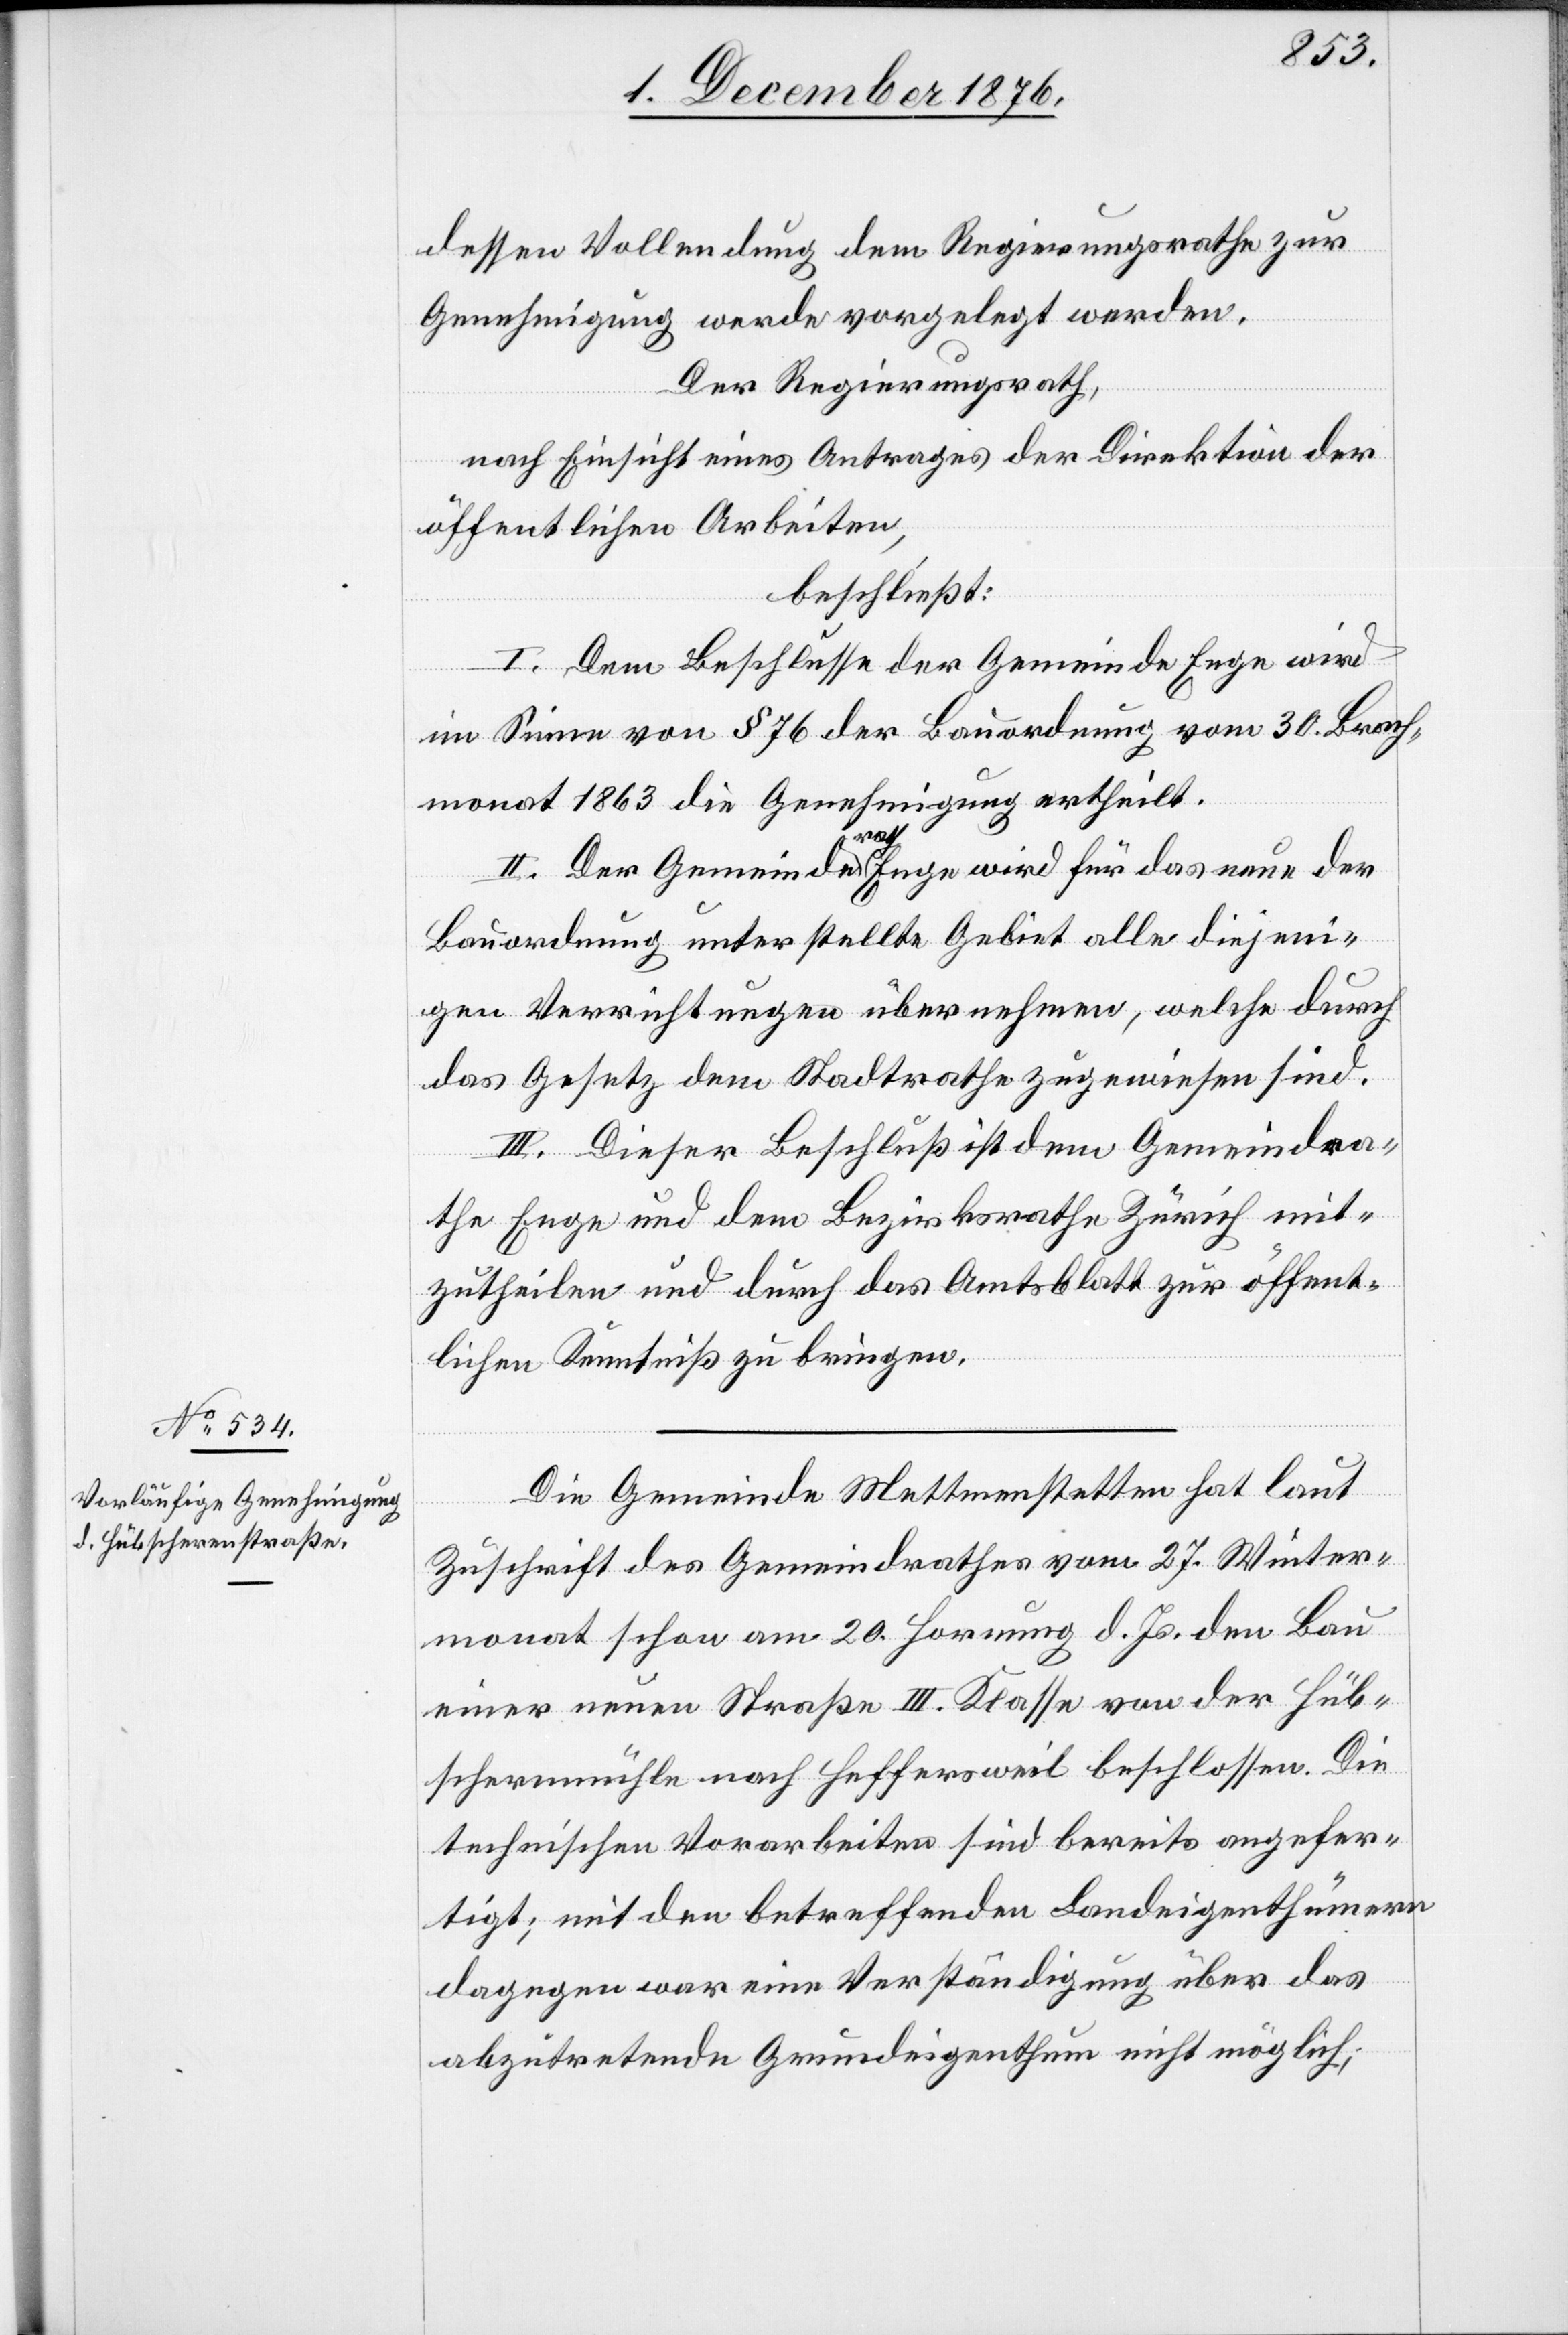
dessen Vollendung dem Regierungsrathe zur
Genehmigung werde vorgelegt werden.
Der Regierungsrath,
nach Einsicht eines Antrages der Direktion der
öffentlichen Arbeiten,
beschließt:
I. Dem Beschlusse der Gemeinde Enge wird
im Sinne von § 76 der Bauordnung vom 30. Brach¬
monat 1863 die Genehmigung ertheilt.
II. Der Gemeindrath Enge wird für das neue der
Bauordnung unterstellte Gebiet alle diejeni¬
gen Verrichtungen übernehmen, welche durch
das Gesetz dem Stadtrathe zugewiesen sind.
III. Dieser Beschluß ist dem Gemeindra¬
the Enge und dem Bezirksrathe Zürich mit¬
zutheilen und durch das Amtsblatt zur öffent¬
lichen Kenntniß zu bringen.
Die Gemeinde Mettmenstetten hat laut
Zuschrift des Gemeindrathes vom 27. Winter¬
monat schon am 20. Hornung d. Js. den Bau
einer neuen Straße III. Klasse von der Hüb¬
schernmühle nach Heffersweil beschlossen. Die
technischen Vorarbeiten sind bereits angefer¬
tigt; mit den betreffenden Landeigenthümern
dagegen war eine Verständigung über das
abzutretende Grundeigenthum nicht möglich;